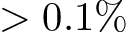
> 0 . 1 \%